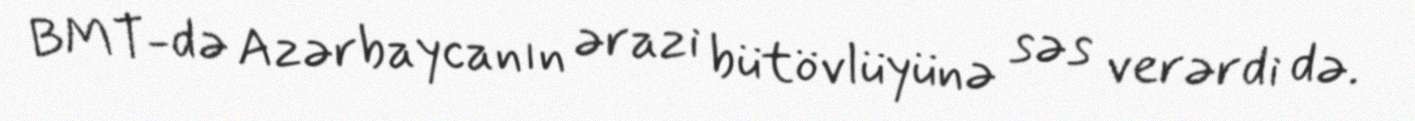
BMT-də Azərbaycanın ərazi bütövlüyünə səs verərdi də.